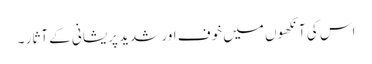
اس کی آنکھوں میں خوف اور شدید پریشانی کے آثار ۔